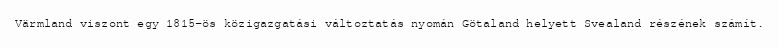
Värmland viszont egy 1815-ös közigazgatási változtatás nyomán Götaland helyett Svealand részének számít.